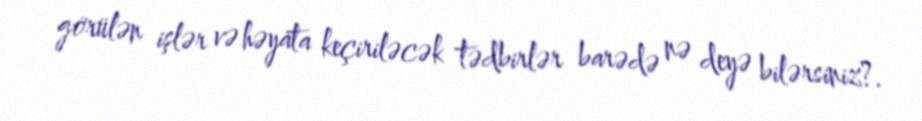
görülən işlər və həyata keçiriləcək tədbirlər barədə nə deyə bilərsiniz?.